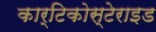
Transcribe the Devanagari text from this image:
कार्टिकोस्टेराइड